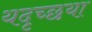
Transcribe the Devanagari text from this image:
यदृच्छया